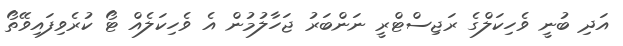
އަދި ބުނީ ވެހިކަލްގެ ރަޖިސްޓްރީ ނަންބަރު ޖަހާލުމުން އެ ވެހިކަލެއް ޓޯ ކުރެވިފައިވޭތޯ